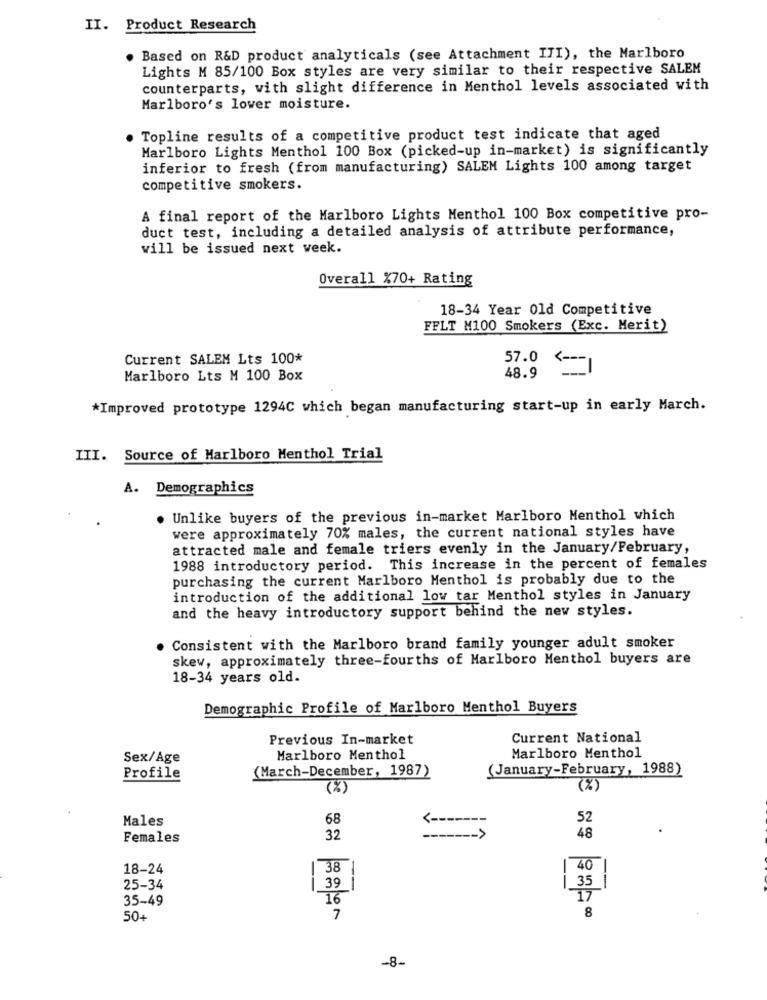
II. Product Research
. Based on R&D product analyticals (see Attachment III), the Marlboro
Lights M 85/100 Box styles are very similar to their respective SALEM
counterparts, with slight difference in Menthol levels associated with
Marlboro's lover moisture.
. Topline results of a competitive product test indicate that aged
Marlboro Lights Menthol 100 Box (picked-up in-market) is significantly
inferior to fresh (from manufacturing) SALEM Lights 100 among target
competitive smokers.
A final report of the Marlboro Lights Menthol 100 Box competitive pro-
duct test, including a detailed analysis of attribute performance,
will be issued next week.
Overall %70+ Rating
18-34 Year Old Competitive
FFLT M100 Smokers (Exc. Merit)
Current SALEM Lts 100*
57.0
<-
Marlboro Lts M 100 Box
48.9
*Improved prototype 1294C which began manufacturing start-up in early March.
III. Source of Marlboro Menthol Trial
A. Demographics
Unlike buyers of the previous in-market Marlboro Menthol which
were approximately 70% males, the current national styles have
attracted male and female triers evenly in the January/February,
1988 introductory period. This increase in the percent of females
purchasing the current Marlboro Menthol is probably due to the
introduction of the additional low tar Menthol styles in January
and the heavy introductory support behind the new styles.
Consistent with the Marlboro brand family younger adult smoker
skew, approximately three-fourths of Marlboro Menthol buyers are
18-34 years old.
Demographic Profile of Marlboro Menthol Buyers
Previous In-market
Current National
Sex/Age
Marlboro Menthol
Marlboro Menthol
(March-December, 1987)
(January-February, 1988)
Profile
(%)
(%)
Males
68
52
Females
32
-- >
48
18-24
| 38
40
35
25-34
1 39
--
35-49
16
17
8
50+
7
-8-